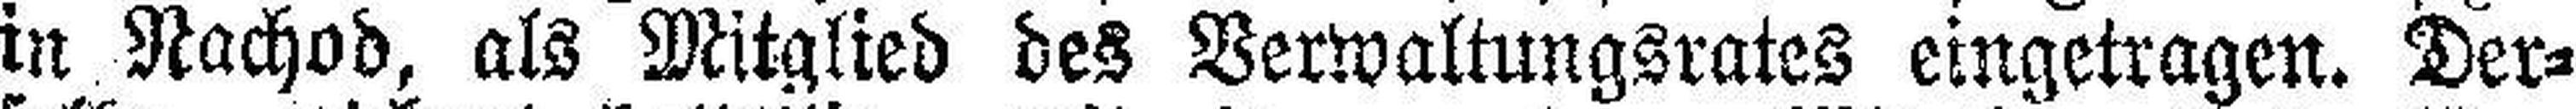
in Nachod, als Mitglied des Verwaltungsrates eingetragen. Der¬